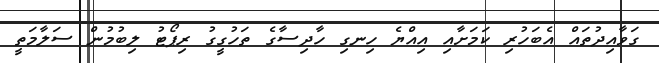
ގަވާއިދުތައް އެބަހުރި ކަމަށާއި އިއްޔެ ހިނގި ހާދިސާގެ ތަހުގީގު ރިޕޯޓު ލިބުމުން ސަލާމަތީ